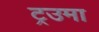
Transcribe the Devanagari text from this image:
ट्रउमा